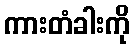
ကားတံခါးကို